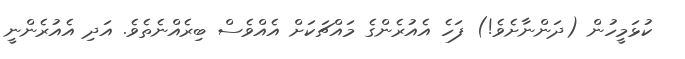
ކުޅަމީހުން (ދަންނާށެވެ!) ފަހެ އެއުރެންގެ މައްޗަކަށް އެއްވެސް ބިރެއްނެތެވެ. އަދި އެއުރެންނީ